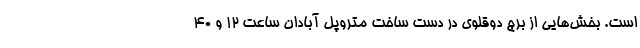
است. بخش‌هایی از برج دوقلوی در دست ساخت متروپل آبادان ساعت ۱۲ و ۴۰